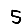
Digit: 5